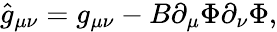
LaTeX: \hat{g}_{\mu\nu}=g_{\mu\nu}-B\partial_{\mu}\Phi\partial_{\nu}\Phi,